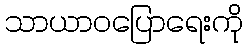
သာယာဝပြောရေးကို